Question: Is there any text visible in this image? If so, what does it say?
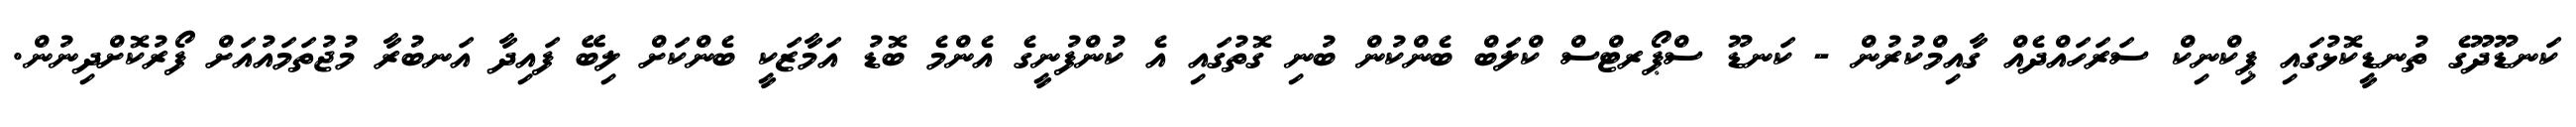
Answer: ކަނޑޫދޫގެ ތުނޑީކޮޅުގައި ޕިކްނިކް ސަރަހައްދެއް ގާއިމްކުރުން - ކަނޑޫ ސްޕޯރޓްސް ކްލަބް ބެންކުން ބުނި ގޮތުގައި އެ ކުންފުނީގެ އެންމެ ބޮޑު އަމާޒަކީ ބެންކަށް ލިބޭ ފައިދާ އަނބުރާ މުޖުތަމައުއަށް ފޯރުކޮށްދިނުން.